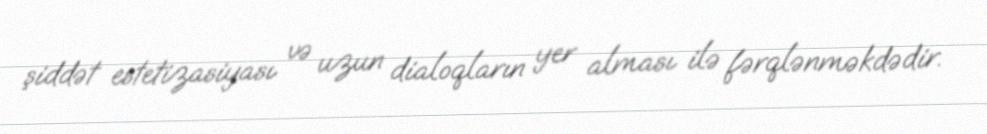
şiddət estetizasiyası və uzun dialoqların yer alması ilə fərqlənməkdədir.